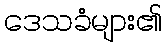
ဒေသခံများ၏